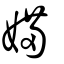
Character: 𡞕